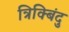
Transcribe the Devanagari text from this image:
त्रिक्बिंदु